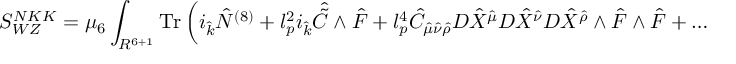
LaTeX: S _ { W Z } ^ { N K K } = \mu _ { 6 } \int _ { R ^ { 6 + 1 } } \mathrm { T r } \left( i _ { \hat { k } } { \hat { N } } ^ { ( 8 ) } + l _ { p } ^ { 2 } i _ { \hat { k } } { \hat { \tilde { C } } } \wedge { \hat { \cal F } } + l _ { p } ^ { 4 } { \hat { C } } _ { { \hat { \mu } } { \hat { \nu } } { \hat { \rho } } } D { \hat { X } } ^ { \hat { \mu } } D { \hat { X } } ^ { \hat { \nu } } D { \hat { X } } ^ { \hat { \rho } } \wedge { \hat { \cal F } } \wedge { \hat { \cal F } } + \dots \right) \, .